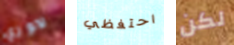
لاوري احتفظي لكن